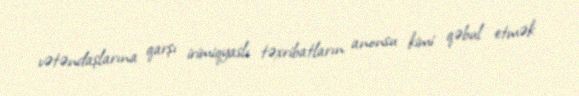
vətəndaşlarına qarşı irimiqyaslı təxribatların anonsu kimi qəbul etmək